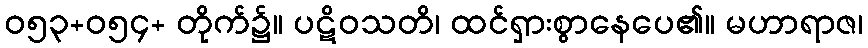
ဝ၅၃+ဝ၅၄+ တိုက်၌။ ပဋိဝသတိ၊ ထင်ရှားစွာနေပေ၏။ မဟာရာဇ၊